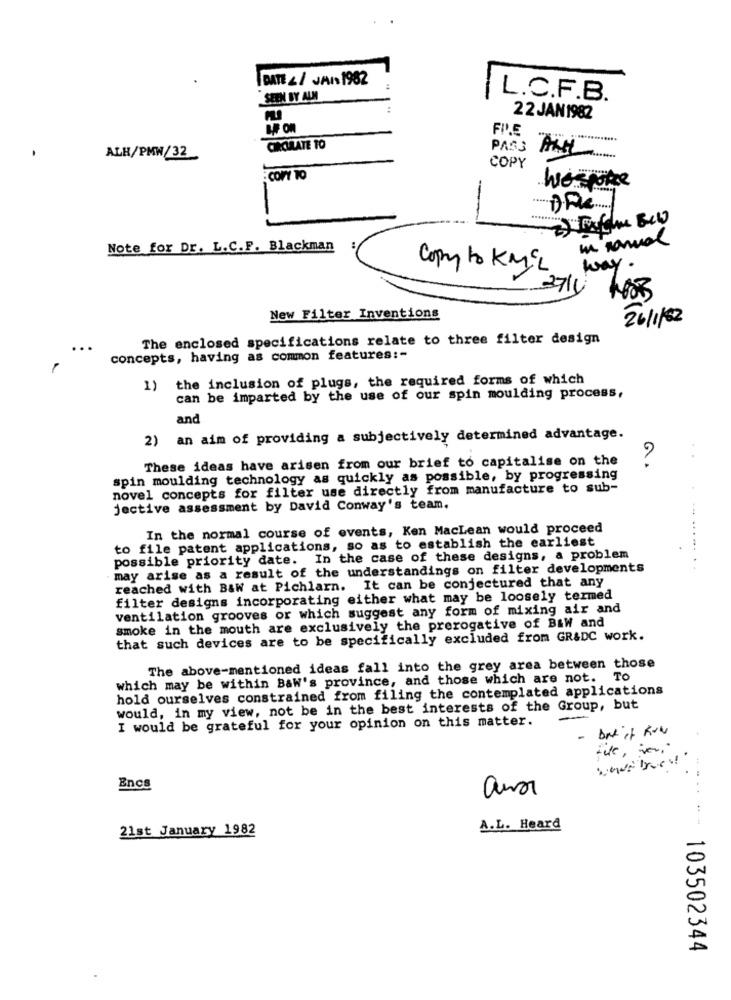
DATE &/ JAIS 1982
SEEN BY ALM
L.C.F.B.
22 JAN 1982
BR OR
CIRCULATE TO
PAS3
ALH/PMW/32
COPY
-
COPY TO
wespoke
un manual
Note for Dr. L.C.F. Blackman
Copy to KMEL
way.
3714
New Filter Inventions
26/1/82
The enclosed specifications relate to three filter design
concepts, having as common features :-
1) the inclusion of plugs, the required forms of which
can be imparted by the use of our spin moulding process,
and
2) an aim of providing a subjectively determined advantage.
These ideas have arisen from our brief to capitalise on the
Q.
spin moulding technology as quickly as possible, by progressing
novel concepts for filter use directly from manufacture to sub-
jective assessment by David Conway's team.
In the normal course of events, Ken MacLean would proceed
to file patent applications, so as to establish the earliest
possible priority date. In the case of these designs, a problem
may arise as a result of the understandings on filter developments
....... ..
reached with B&W at Pichlarn. It can be conjectured that any
filter designs incorporating either what may be loosely termed
ventilation grooves or which suggest any form of mixing air and
smoke in the mouth are exclusively the prerogative of B&W and
that such devices are to be specifically excluded from GR&DC work.
The above-mentioned ideas fall into the grey area between those
which may be within Baw's province, and those which are not. To
hold ourselves constrained from filing the contemplated applications
would, in my view, not be in the best interests of the Group, but
I would be grateful for your opinion on this matter.
- but it KUN
Encs
21st January 1982
A.L. Heard
103502344